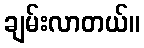
ချမ်းလာတယ်။